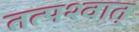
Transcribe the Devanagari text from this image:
तत्‍पश्‍वात्